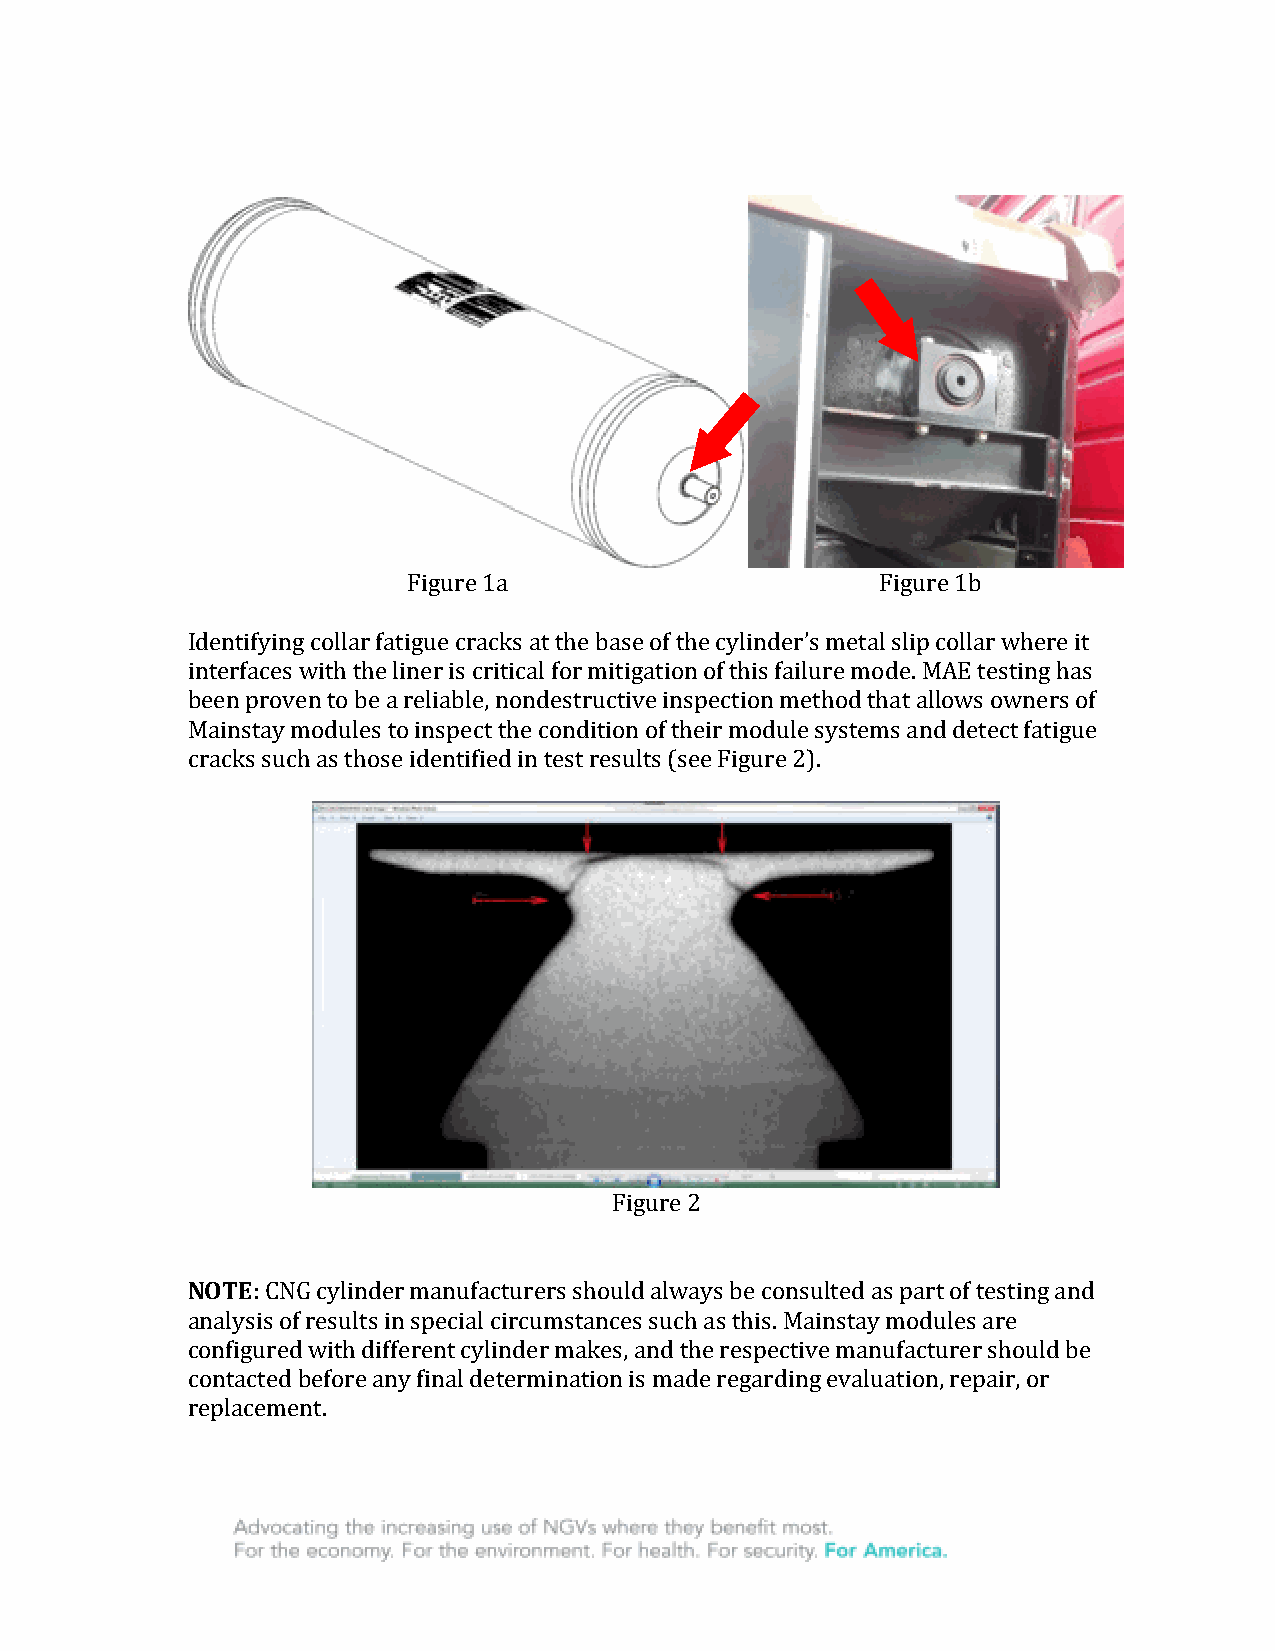
Figure 1a                      Figure 1b
 Identifying collar fatigue cracks at the base of the cylinder’s metal slip collar where it
 interfaces with the liner is critical for mitigation of this failure mode. MAE testing has
 been proven to be a reliable, nondestructive inspection method that allows owners of
 Mainstay modules to inspect the condition of their module systems and detect fatigue
 cracks such as those identified in test results (see Figure 2).
 Figure 2
 NOTE: CNG cylinder manufacturers should always be consulted as part of testing and
 analysis of results in special circumstances such as this. Mainstay modules are
 configured with different cylinder makes, and the respective manufacturer should be
 contacted before any final determination is made regarding evaluation, repair, or
 replacement.